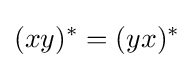
(xy)^{*}=(yx)^{*}